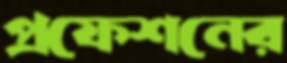
প্রফেশনের